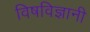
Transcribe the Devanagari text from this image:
विषविज्ञानी